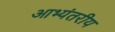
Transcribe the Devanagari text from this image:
आभ्यंतरीय